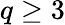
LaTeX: q\ge 3